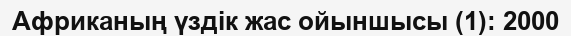
Африканың үздік жас ойыншысы (1): 2000